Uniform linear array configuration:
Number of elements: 16
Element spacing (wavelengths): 0.25
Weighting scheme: blackman
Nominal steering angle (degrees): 0
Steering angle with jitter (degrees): -1.066
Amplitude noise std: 0.05
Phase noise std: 0.05

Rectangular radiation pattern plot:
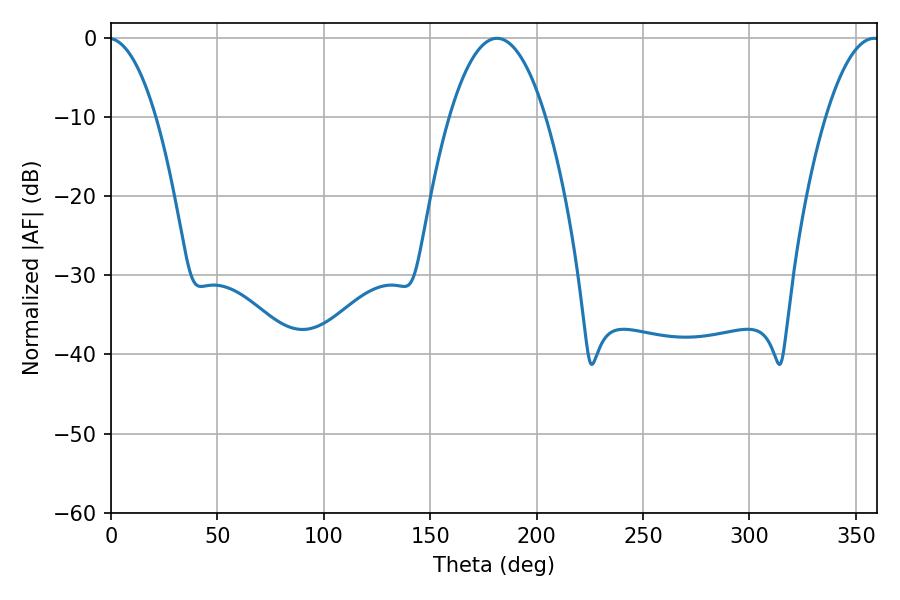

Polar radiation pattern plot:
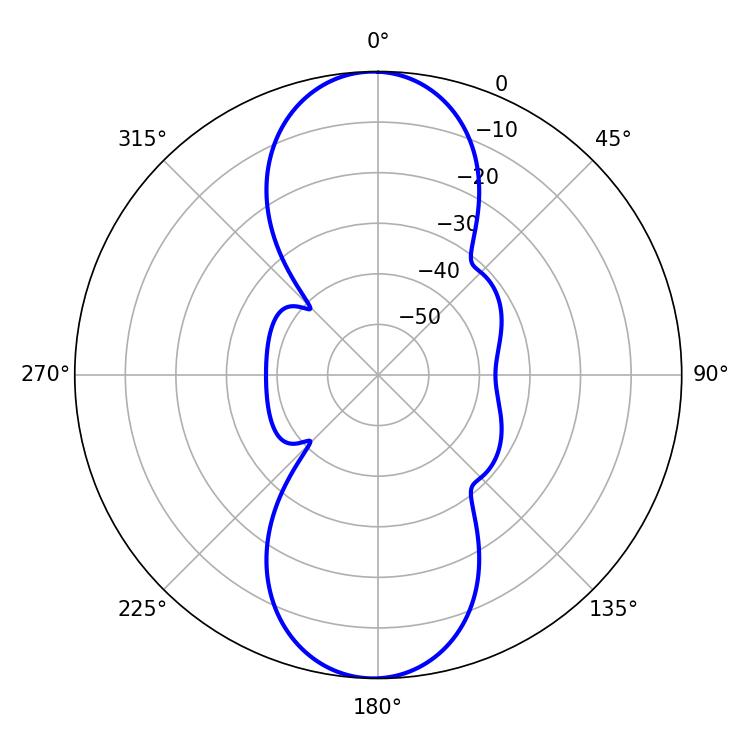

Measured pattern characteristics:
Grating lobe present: FALSE
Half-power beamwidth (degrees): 24.84
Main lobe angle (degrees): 181.44